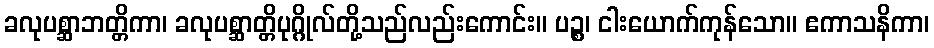
ခလုပစ္ဆာဘတ္တိကာ၊ ခလုပစ္ဆာတ္တိပုဂ္ဂိုလ်တို့သည်လည်းကောင်း။ ပဉ္စ၊ ငါးယောက်ကုန်သော။ ဧကာသနိကာ၊